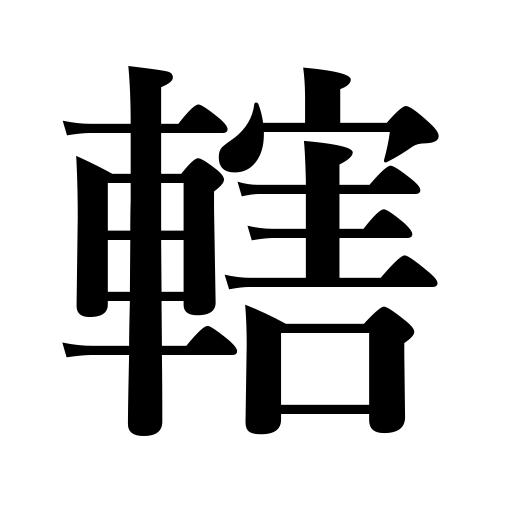
Meanings: wedge